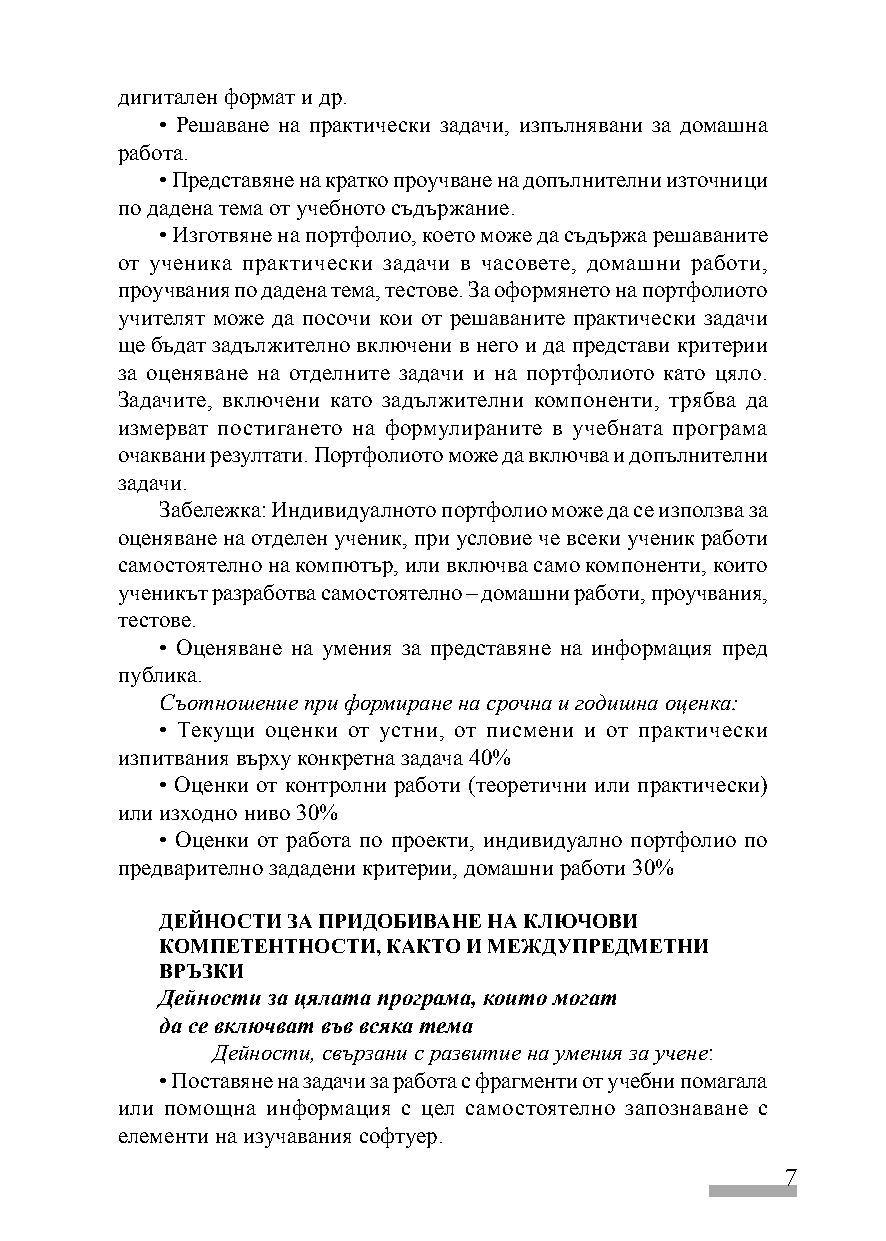
дигитален формат и др.
 • Решаване на практически задачи, изпълнявани за домашна
 работа.
 • Представяне на кратко проучване на допълнителни източници
 по дадена тема от учебното съдържание.
 • Изготвяне на портфолио, което може да съдържа решаваните
 от ученика практически задачи в часовете, домашни работи,
 проучвания по дадена тема, тестове. За оформянето на портфолиото
 учителят може да посочи кои от решаваните практически задачи
 ще бъдат задължително включени в него и да представи критерии
 за оценяване на отделните задачи и на портфолиото като цяло.
 Задачите, включени като задължителни компоненти, трябва да
 измерват постигането на формулираните в учебната програма
 очаквани резултати. Портфолиото може да включва и допълнителни
 задачи.
 Забележка: Индивидуалното портфолио може да се използва за
 оценяване на отделен ученик, при условие че всеки ученик работи
 самостоятелно на компютър, или включва само компоненти, които
 ученикът разработва самостоятелно – домашни работи, проучвания,
 тестове.
 • Оценяване на умения за представяне на информация пред
 публика.
 Съотношение при формиране на срочна и годишна оценка:
 • Текущи оценки от устни, от писмени и от практически
 изпитвания върху конкретна задача 40%
 • Оценки от контролни работи (теоретични или практически)
 или изходно ниво 30%
 • Оценки от работа по проекти, индивидуално портфолио по
 предварително зададени критерии, домашни работи 30%
 ДЕЙНОСТИ ЗА ПРИДОБИВАНЕ НА КЛЮЧОВИ
 КОМПЕТЕНТНОСТИ, КАКТО И МЕЖДУПРЕДМЕТНИ
 ВРЪЗКИ
 Дейности за цялата програма, които могат
 да се включват във всяка тема
 Дейности, свързани с развитие на умения за учене:
 • Поставяне на задачи за работа с фрагменти от учебни помагала
 или помощна информация с цел самостоятелно запознаване с
 елементи на изучавания софтуер.
 7